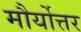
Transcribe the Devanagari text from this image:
मौर्योत्तर